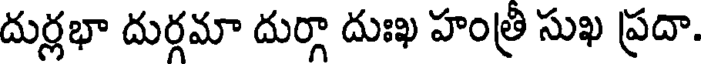
దుర్లభా దుర్గమా దుర్గా దుఃఖ హంత్రి సుఖ ప్రదా.